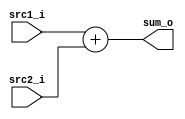
`timescale 1ns / 1ps
//Subject:     CO project 3 - Adder
//--------------------------------------------------------------------------------
//Version:     1
//--------------------------------------------------------------------------------
//Writer:      0510002 K 0510009 i
//--------------------------------------------------------------------------------
//--------------------------------------------------------------------------------
//Description: 
//--------------------------------------------------------------------------------

module Adder(
    src1_i,  //32 bit src1_i (input)
	src2_i,  //32 bit src2_i (input)
	sum_o    //32 bit sum_o  (output)
	);
     
//I/O ports
input   [31:0] src1_i;
input   [31:0] src2_i;
output  [31:0] sum_o;

//Internal Signals
reg     [31:0] sum_o;

//Main function
always@ (*) begin
	sum_o <= src1_i + src2_i;
end

endmodule